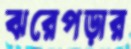
ঝরেপড়ার